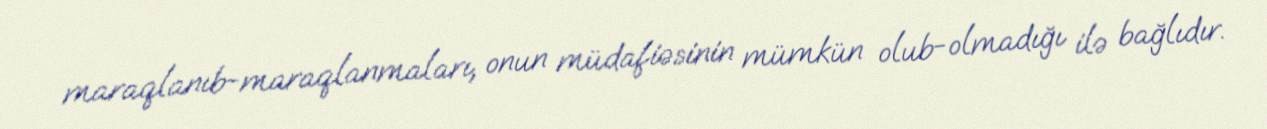
maraqlanıb-maraqlanmaları, onun müdafiəsinin mümkün olub-olmadığı ilə bağlıdır.